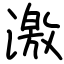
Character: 激